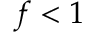
f < 1